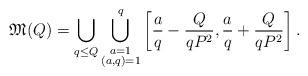
LaTeX: \begin{align*} \mathfrak{M}(Q)=\bigcup_{q\le Q}\bigcup_{\substack{a=1\\ (a,q)=1}}^q \left[ \frac{a}{q}-\frac{Q}{qP^2}, \frac{a}{q}+\frac{Q}{qP^2}\right].\end{align*}